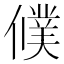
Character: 𬿵